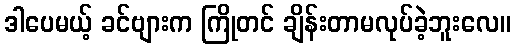
ဒါပေမယ့် ခင်ဗျားက ကြိုတင် ချိန်းတာမလုပ်ခဲ့ဘူးလေ။